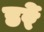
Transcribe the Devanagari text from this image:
डरें